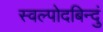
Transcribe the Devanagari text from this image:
स्वल्पोदबिन्दुं